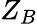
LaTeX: Z_{B}